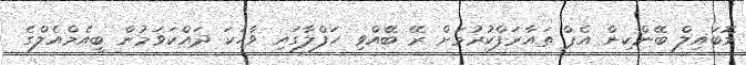
މޮބައިލް ބޭންކިން އެޕް ތައާރަަފްކުރުމަށް ރޭ ބޭއްވި ހަފްލާގައި ވާހަކަ ދައްކަވަމުން ބީއެމްއެލްގެ